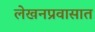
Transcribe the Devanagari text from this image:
लेखनप्रवासात